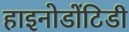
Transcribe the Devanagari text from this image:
हाइनोडोंटिडी